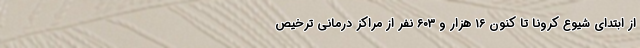
از ابتدای شیوع کرونا تا کنون ۱۶ هزار و ۶۰۳ نفر از مراکز درمانی ترخیص